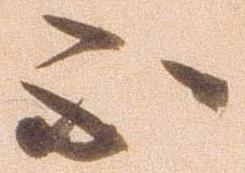
不